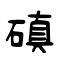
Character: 磌